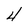
Character: 4